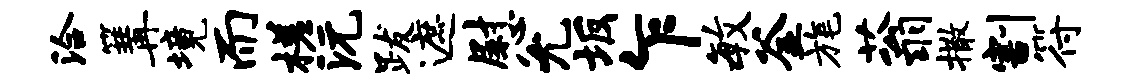
洽篝境而槎沅跋遮慰允坂乍毓釜旄蓊撒割符